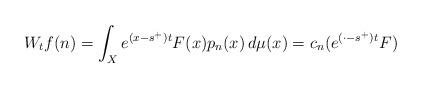
LaTeX: \begin{align*}W_tf(n)=\int_X e^{(x-s^{+})t}F(x)p_n(x)\, d\mu(x)=c_n(e^{(\cdot-s^{+})t}F)\end{align*}